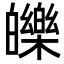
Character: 皪